Vital statistics of India. Vol. IV, Annual returns from 1871 to 1876. British Army of India, Native Army and jails of Bengal
Year: 1871
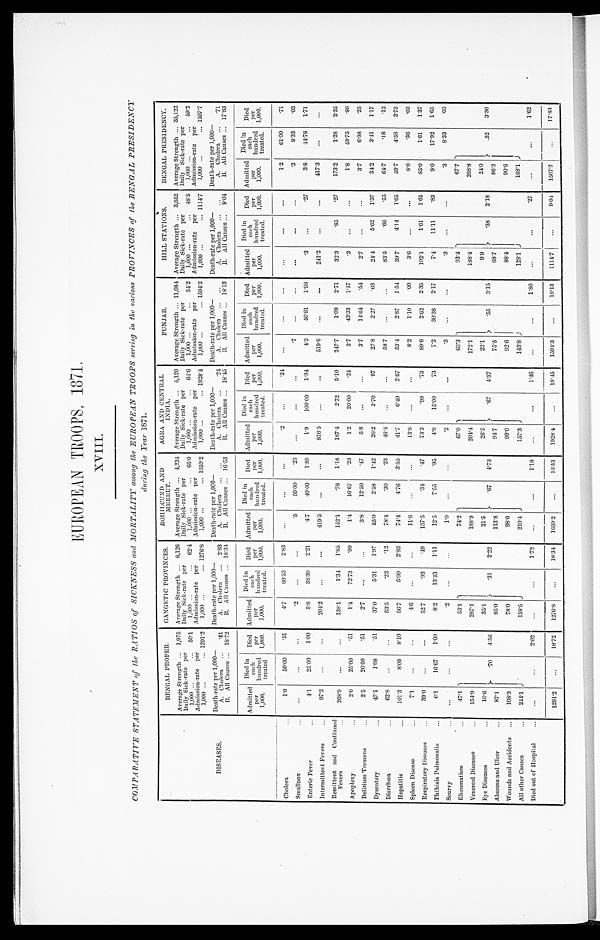
EUROPEAN TROOPS, 1871.
XVIII.
COMPARATIVE STATEMENT of the RATIOS of SICKNESS and MORTALITY among the EUROPEAN TROOPS serving in the various PROVINCES of the BENGAL PRESIDENCY
during the Year 1871.
DISEASES.
BENGAL PROPER.
GANGETIC PROVINCES.
ROHILCUND AND M E E R U T .
AGRA AND CENTRAL
INDIA.
PUNJAB.
HILL STATIONS.
BENGAL PRESIDENCY.
Average Strength ... 1,975 Average Strength ... 8,126 Average Strength ...
4 , 2 3 4 Average Strength ... 4,120 Average Strength ... 11,084 Average Strength ... 3,652
A v e r a g e S t r e n g t h . . . .
35,122
D a i l y s i c k - r a t e p e r
1,000 ...
50.1
Daily Sick.-rate per
1,000 ...
62.4
Daily Sick-rate per 1 , 0 0 0
65.0
Daily Sick-rate per
1 , 0 0 0 . . .
6 4 . 6
Daily Sick-rate per1 , 0 0 0 . . .
54.2
Daily Sick-rate per 1 , 0 0 0 . . .
48.5
D a i l y S i c k - r a t e p e r
1 , 0 0 0 . . .
5 9 . 2
Admission-rate per
1,000 ... 1291.2
Admission-rate p e r
1,000 ...
1276.8
A d m i s s i o n - r a t e p e r
,000 ...
... 1659.2
A d m i s s i o n - r a t e p e r
1,000 ...
... 1928.4
A d m i s s i o n - r a t e p e r
1,000 ...
... 1594.3
A d m i s s i o n - r a t e p e r
1,000 ...
. . . 1114.7
A d m i s s i o n - r a t e p e r
1,000 ...
... 1507.7
Death-rate per 1,000—
Death-rate per 1,000—
Death-rate per 1,000—
Death-rate per 1,000—
Death-rate per 1,000—
Death-rate per 1,000—
Death-rate per 1,000—
A. Cholera
...
.51
A. Cholera
... 2.83
A. Cholera
... ...
A. Cholera
...
.24
A. Cholera
... ...
A. Cholera
... ...
A. Cholera
...
.71
B. A l l C a u s e s
. . . 18.72
B. All Causes ... 18.34
B. All Causes ... 16.53
B. All Causes ... 18.45
B. All Causes ... 18.13
B. All Causes ...
9.04
B. All Causes ... 17.83
Admitted
Per
1,000.
Die
d i n
e a c h
hundred
treated
Died
p e r
1,000.
Admitted
P e r
1,000.
Di
e d i n
e a c h
hundred treated.
D i e d
Per
1,000.
Admitted
Per
1,000.
Die
d i n
e a c h
hundred t r e a t e d .
Died
Per
1,000.
Admitted
Per 1,000.
D i e d i n
e a c h
hundred
treated.
Died
P er
1,000.
Admitted P e r
1,000.
D i e d i n
e a c h
hundred
treated.
Died
Per
1,000.
Admitted
Per 1,000.
D
i e d i n
e a c h
hundred
treated.
Died
Per 1,000.
Admitted
Per
1,000.
Died in
e a c h h u n d r e d
treated.
Died P e r1
, 0 0 0
Cholera
1 . 0
50.00
.51
4.7
60.53
2.83
...
...
...
. 2
. . .
.24
...
...
...
. . .
. . .
. . .
1.2
61.00
.71
Smallpox
...
...
...
. 2
. . .
...
.5
50.00
.23
. . .
. . .
...
.7
...
...
...
...
. . .
.3
8.33
.03
Enteric Fever
4 . 1
25.00
1.00
5.8
38.30
2.21
4.7
40.00
1.89
1 . 9
100.00
1.94
4.3
46.81
1.98
. 3
. . .
.27
3.8
44.78
1.71
Intermittent Fevers...
97.2
...
...
204.2
...
. . .
419.5
. . .
. . .
876.5
...
...
519.6
...
...
241.2
. . .
. . .
417.3
. . .
...
Remittent and Cont inued
Fevers
268.9
. . .
...
138.1
1.34
1.85
152.1
.78
1.18
187.4
2.72
5.10
247.7
1.09
2.71
32.3
.85
.27
173.2
1.28
2.25
Apoplexy
...
2.0
25.00
.51
1.4
72.73
.99
1.4
16.67
.23
1.2
20.00
.24
2.7
43.33
1.17
.3
. . .
...
1.8
43.75
.80
Delirium Tremens...
2.5
20.00
.51
2.7
...
...
3.8
12.50
.47
5.8
...
...
3.7
14.64
.54
2.7
...
...
3.7
6.98
.25
Dysentery
...
47.1
108
.51
37.0
5.31
1.97
55.0
2.58
1.42
26.2
3.70
.97
27.8
2.27
.63
24.4
5.62
1.37
34.2
3.41
1.17
Diarrhœa
...
62.8
...
...
53.5
.23
.12
78.4
.30
.23
46.4
...
...
58.7
...
...
83.5
.66
.55
64.7
. 1 8
.12
Hepatitis...
101.3
8.00
8.10
56.7
5.00
2.83
74.4
4.76
3.55
41.7
6.40
2.67
53.4
2.87
1.54
39.7
4 . 1 4
1.65
59.7
4.58
2.73
Spleen Disease...
7.1
...
...
4.6
...
...
11.6
...
...
13.8
...
...
8.2
1.10
.09
3.6
...
...
8.0
.36
.03
Respiratory Diseases
39.0
...
...
52.7
.93
.49
137.5
-34
.47
73.3
.99
.73
89.6
2.62
2.35
102.1
1.61
1.65
85.0
1.61
1.37
Phthisis Pulmonalis
6 . 1
16.67
1 . 0 0
8.2
13.43
1.11
12.5
7.55
.95
4.9
15.00
73
7.2
30.38
2.17
7.4
11.11
.83
9.0
17.92
1.65
Scurvy
. . .
...
...
.2
...
...
1.0
...
...
. 2
. . .
. . .
.3
...
...
. 3
. . . ...
.3
8.33
.03
Rheumatism. ..
4 7 . 1
.70
4.56
53.1
.31
2.22
74.2
.67
4.73
67.0
.67
4.37
63.3
.55
3.15
93.4
.38
2.18
67.7
.52
3.36
Venereal Diseases...
1 5 4 . 9
287.1
188.9
204.4
172.1
188.4
208.8
Eye Diseases
...
10.6
35.1
21.5
26.5
23.1
9.9
24.0
Abscess and Ulcer
...
87.1
95.0
113.8
94.7
75.5
68.7
86.3
Wounds and Accidents
...
108.3
78.0
98.0
99.0
92.6
88.4
90.6
All other Causes
...
244.1
158.5
210.4
157.3
143.8
128.1
168.1
Died out of Hospital
...
...
...
2.02
...
...
1.72
...
...
1.18
...
...
1.46
...
...
1.80
...
...
.27
...
...
1.62
1291.2
...
18.72
1276.8
...
18.34
1659.2
. . .
16.53
1928.4
... 18.45
1594.3
...
18.13
1114.7
...
9.04
1507.7
...
17.83